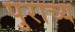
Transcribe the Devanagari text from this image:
पुराच्य